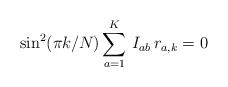
LaTeX: \begin{align*}\sin^2 (\pi k/N) \sum_{a=1}^K\, I_{ab}\, r_{a,k} = 0\end{align*}